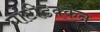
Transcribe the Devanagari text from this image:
घांटीढक्कन